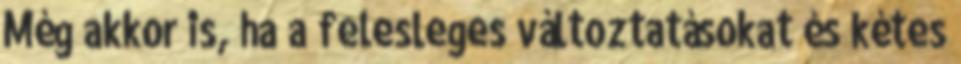
Még akkor is, ha a felesleges változtatásokat és kétes